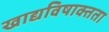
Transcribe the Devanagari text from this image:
खाद्यविषाक्तता